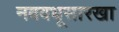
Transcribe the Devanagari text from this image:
नववधूसारखा